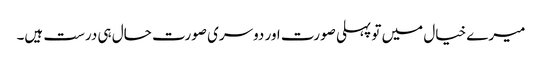
میرے خیال میں تو پہلی صورت اور دوسری صورت حال ہی درست ہیں۔